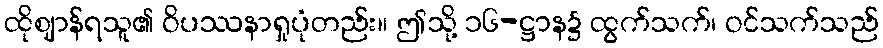
ထိုဈာန်ရသူ၏ ဝိပဿနာရှုပုံတည်း။ ဤသို့ ၁၆-ဋ္ဌာန၌ ထွက်သက်၊ ဝင်သက်သည်